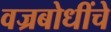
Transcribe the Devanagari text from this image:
वज्रबोधींचे